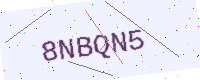
Text: 8NBQN5